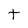
Character: t